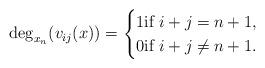
LaTeX: \begin{align*} \deg_{x_n}(v_{ij}(x))=\begin{cases} 1\mbox{if}\ i+j=n+1,\\ 0\mbox{if}\ i+j\ne n+1.\end{cases}\end{align*}